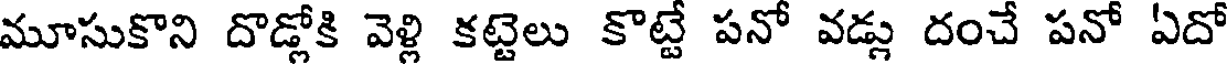
మూసుకొని దొడ్లోకి వెళ్లి కట్టెలు కొట్టే పనో వడ్లు దంచే పనో ఏదో